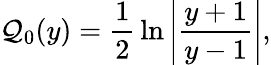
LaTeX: \mathcal{Q}_{0}(y)={\frac{{1}}{{2}}}\ln\left|{\frac{{y+1}}{{y-1}}}\right|,